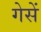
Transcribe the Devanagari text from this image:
गेसें